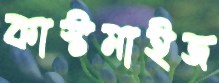
কাস্টমাইজ